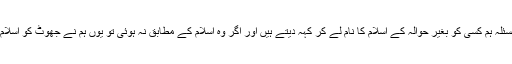
اگر کوئی اسلامی بات یا مسئلہ ہم کسی کو بغیر حوالہ کے اسلام کا نام لے کر کہہ دیتے ہیں اور اگر وہ اسلام کے مطابق نہ ہوئی تو یوں ہم نے جھوٹ کو اسلام کی طرف منسوب کر دیا۔